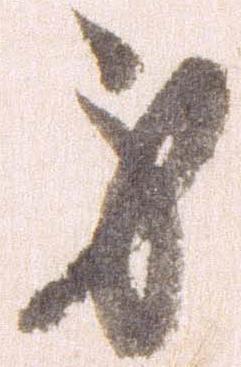
身